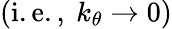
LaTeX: \left(\mathrm{i.e.,~}k_{\theta}\rightarrow 0\right)